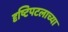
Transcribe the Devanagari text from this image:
दृष्टिपटलाच्या